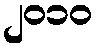
၂၀၁၀